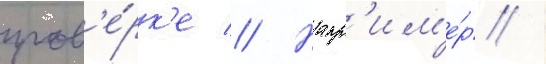
пров'е́рк'е // Напр'им'е́р /